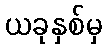
ယခုနှစ်မှ